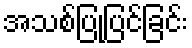
အသစ်ပြုပြင်ခြင်း